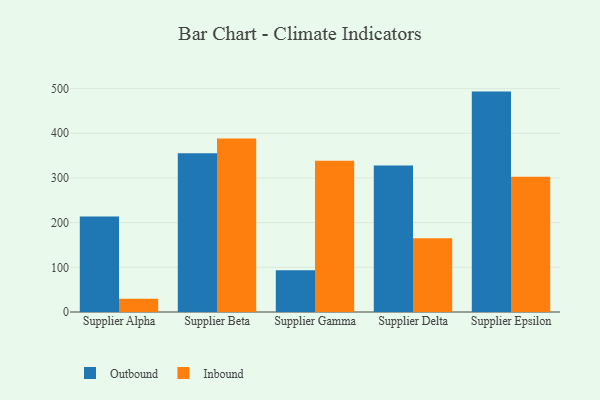
{"axis": {"x": "Supplier", "y": "Market Share (%)"}, "legend": ["Inbound", "Outbound"], "data": [{"x": "Supplier Alpha", "y": 213.5, "type": "Outbound"}, {"x": "Supplier Alpha", "y": 29.7, "type": "Inbound"}, {"x": "Supplier Beta", "y": 355.5, "type": "Outbound"}, {"x": "Supplier Beta", "y": 388.6, "type": "Inbound"}, {"x": "Supplier Gamma", "y": 93.5, "type": "Outbound"}, {"x": "Supplier Gamma", "y": 338.6, "type": "Inbound"}, {"x": "Supplier Delta", "y": 328.0, "type": "Outbound"}, {"x": "Supplier Delta", "y": 165.1, "type": "Inbound"}, {"x": "Supplier Epsilon", "y": 493.3, "type": "Outbound"}, {"x": "Supplier Epsilon", "y": 302.9, "type": "Inbound"}]}